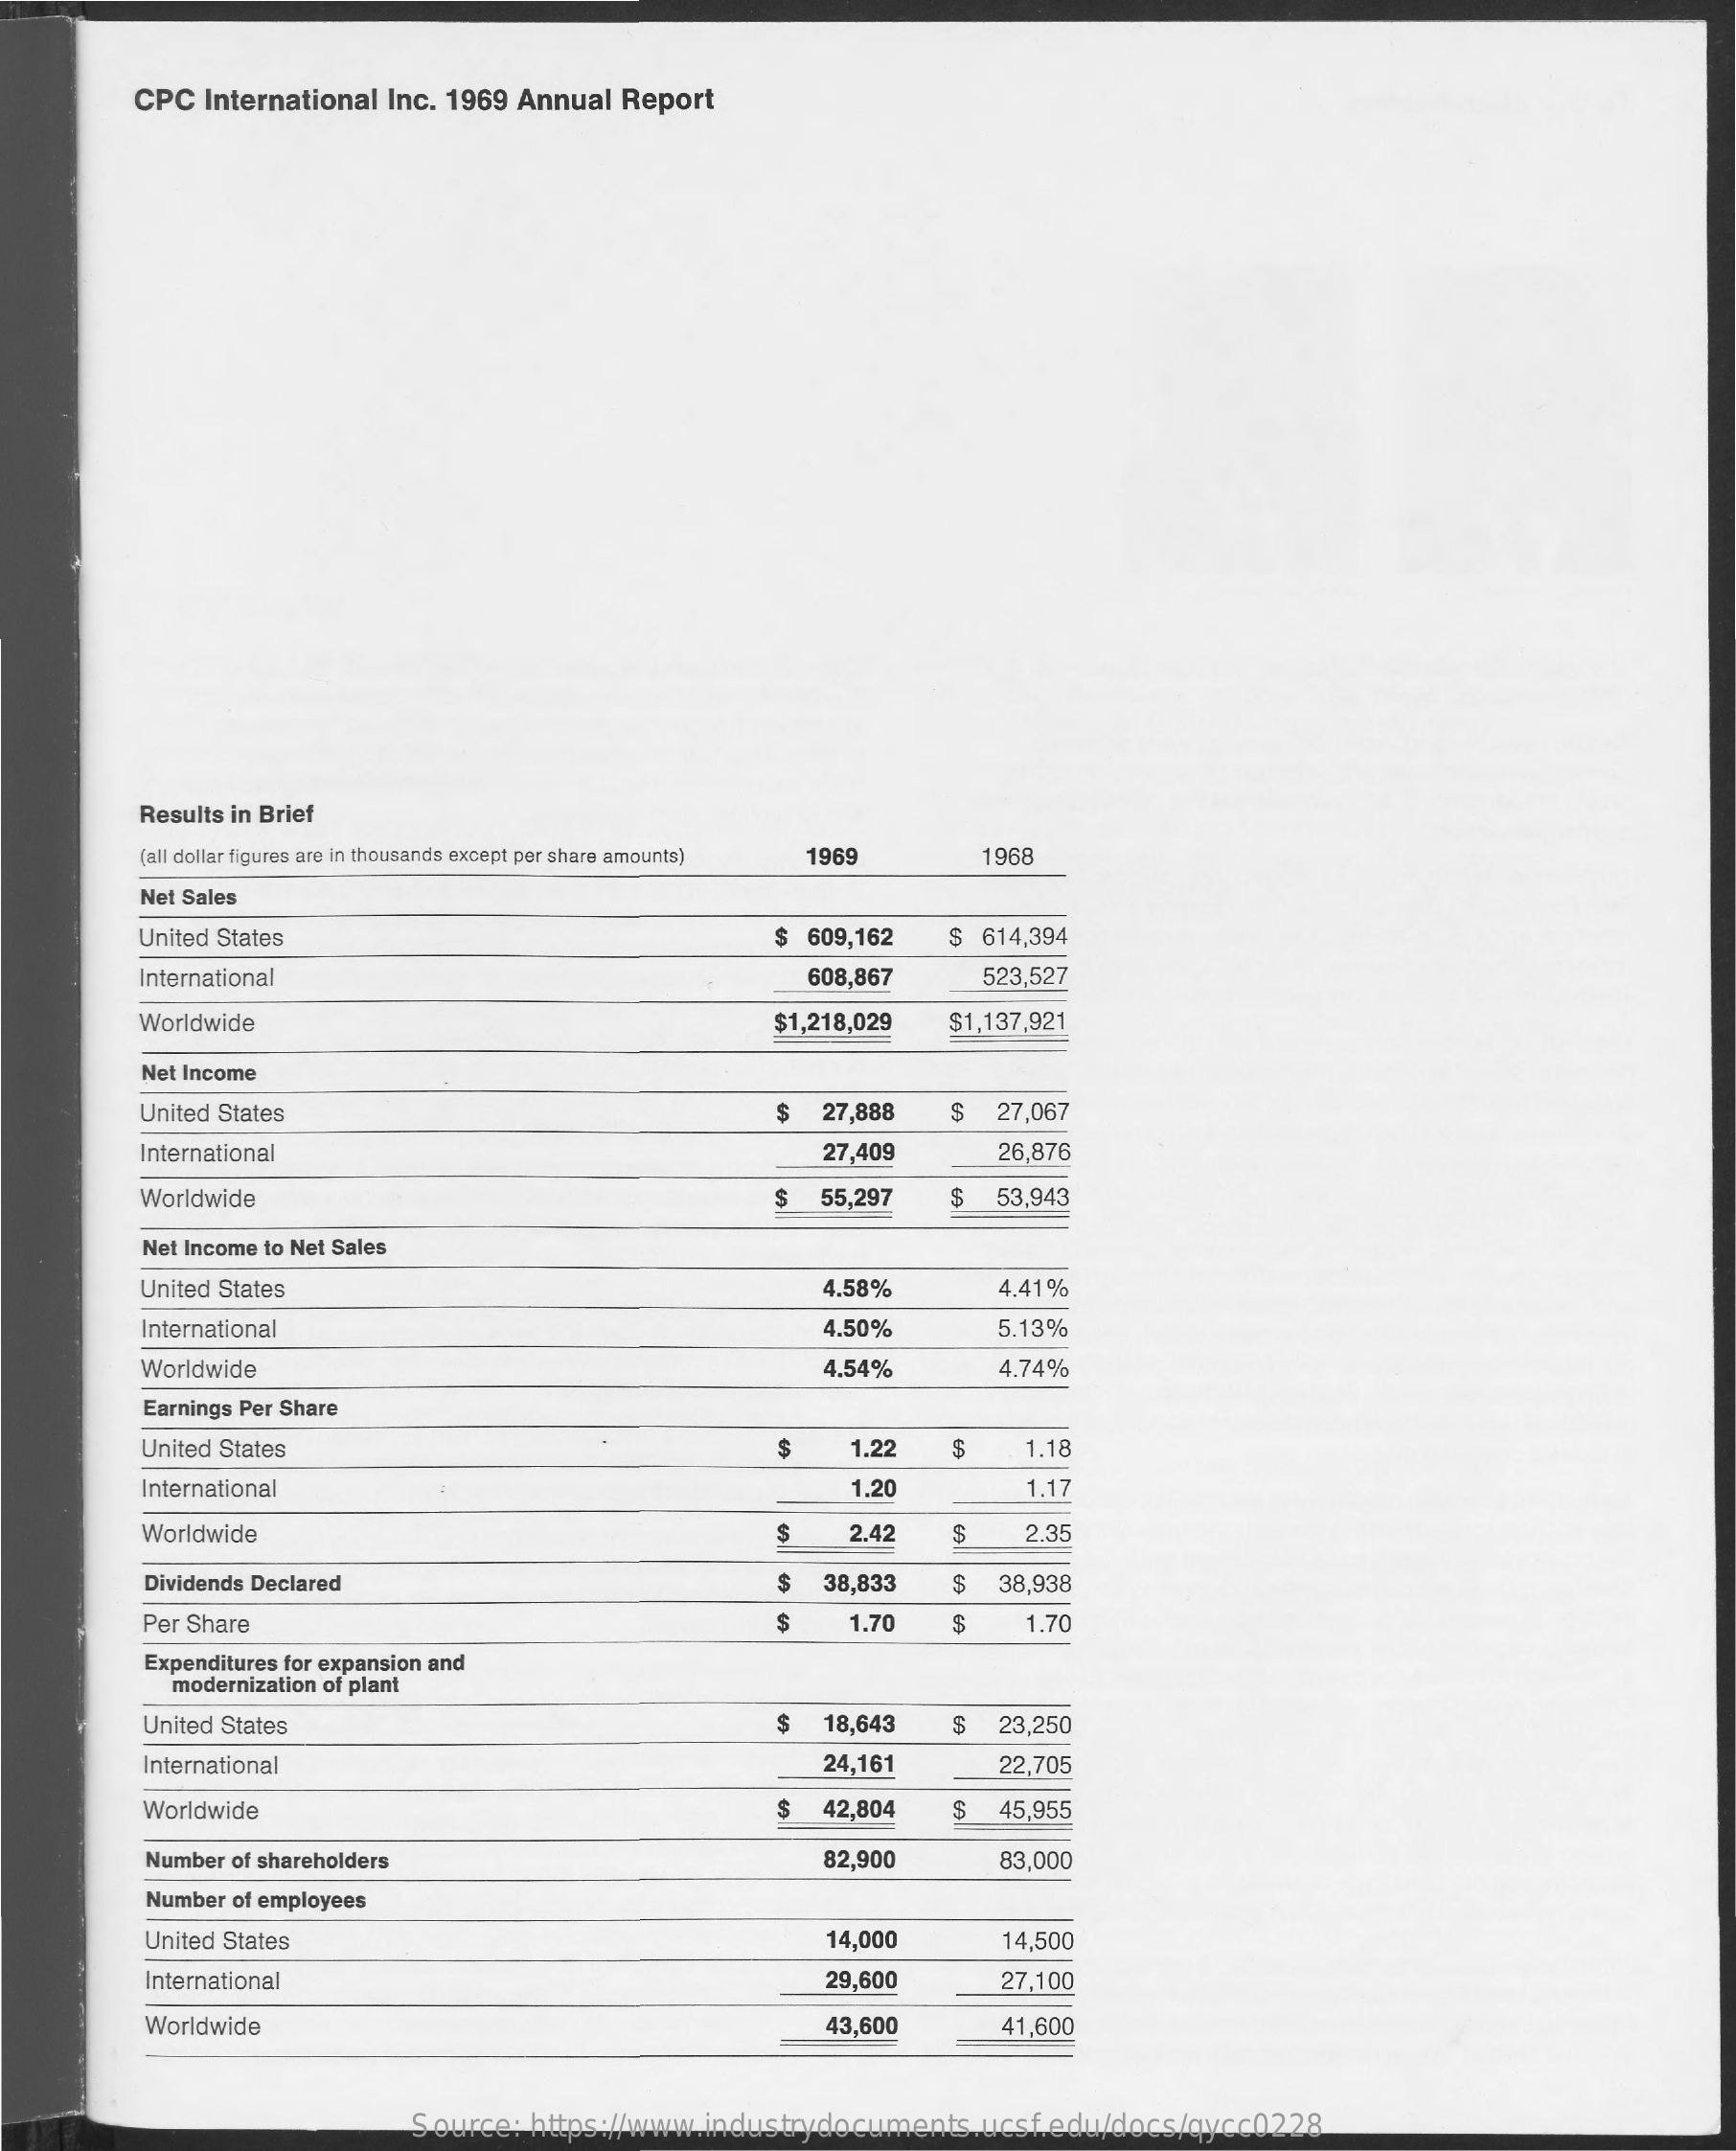
CPC  International Inc. 1969 Annual Report
     Results in Brief
     (all dollar figures are in thousands except per share amounts) 1969 1968
     Net Sales
     United States    $ 609,162   $ 614,394
     International    608,867    523,527
     Worldwide    $1,218,029  $1,137,921
     Net Income
     United States    $  27,888   $  27,067
     International    27,409    26,876
     Worldwide    $  55,297   $  53,943
     Net Income to Net Sales
     United States    4.58%    4.41%
     International    4.50%    5.13%
     Worldwide    4.54%    4.74%
     Earnings Per Share
     United States    $    1.22    1.18
     International    1.20    1.17
     Worldwide    2.4    S    2.35
     Dividends Declared    $  38,833   $  38,938
     Per Share    S    1.70   S    1.70
     Expenditures for expansion and
     modernization of plant
     United States    $  18,643   $  23,250
     International    24,161    22,705
     Worldwide    $  42,804   $  45,955
     Number of shareholders    82,900    83,000
     Number of employees
     United States    14,000    14,500
     International    29,600    27,100
     Worldwide    43,600    41,600
     Source: https://www.industrydocuments.ucsf.edu/docs/qycc0228